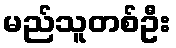
မည်သူတစ်ဦး